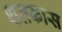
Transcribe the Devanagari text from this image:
शतकास